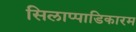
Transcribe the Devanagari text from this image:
सिलाप्पाडिकारम